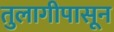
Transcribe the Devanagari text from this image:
तुलागीपासून